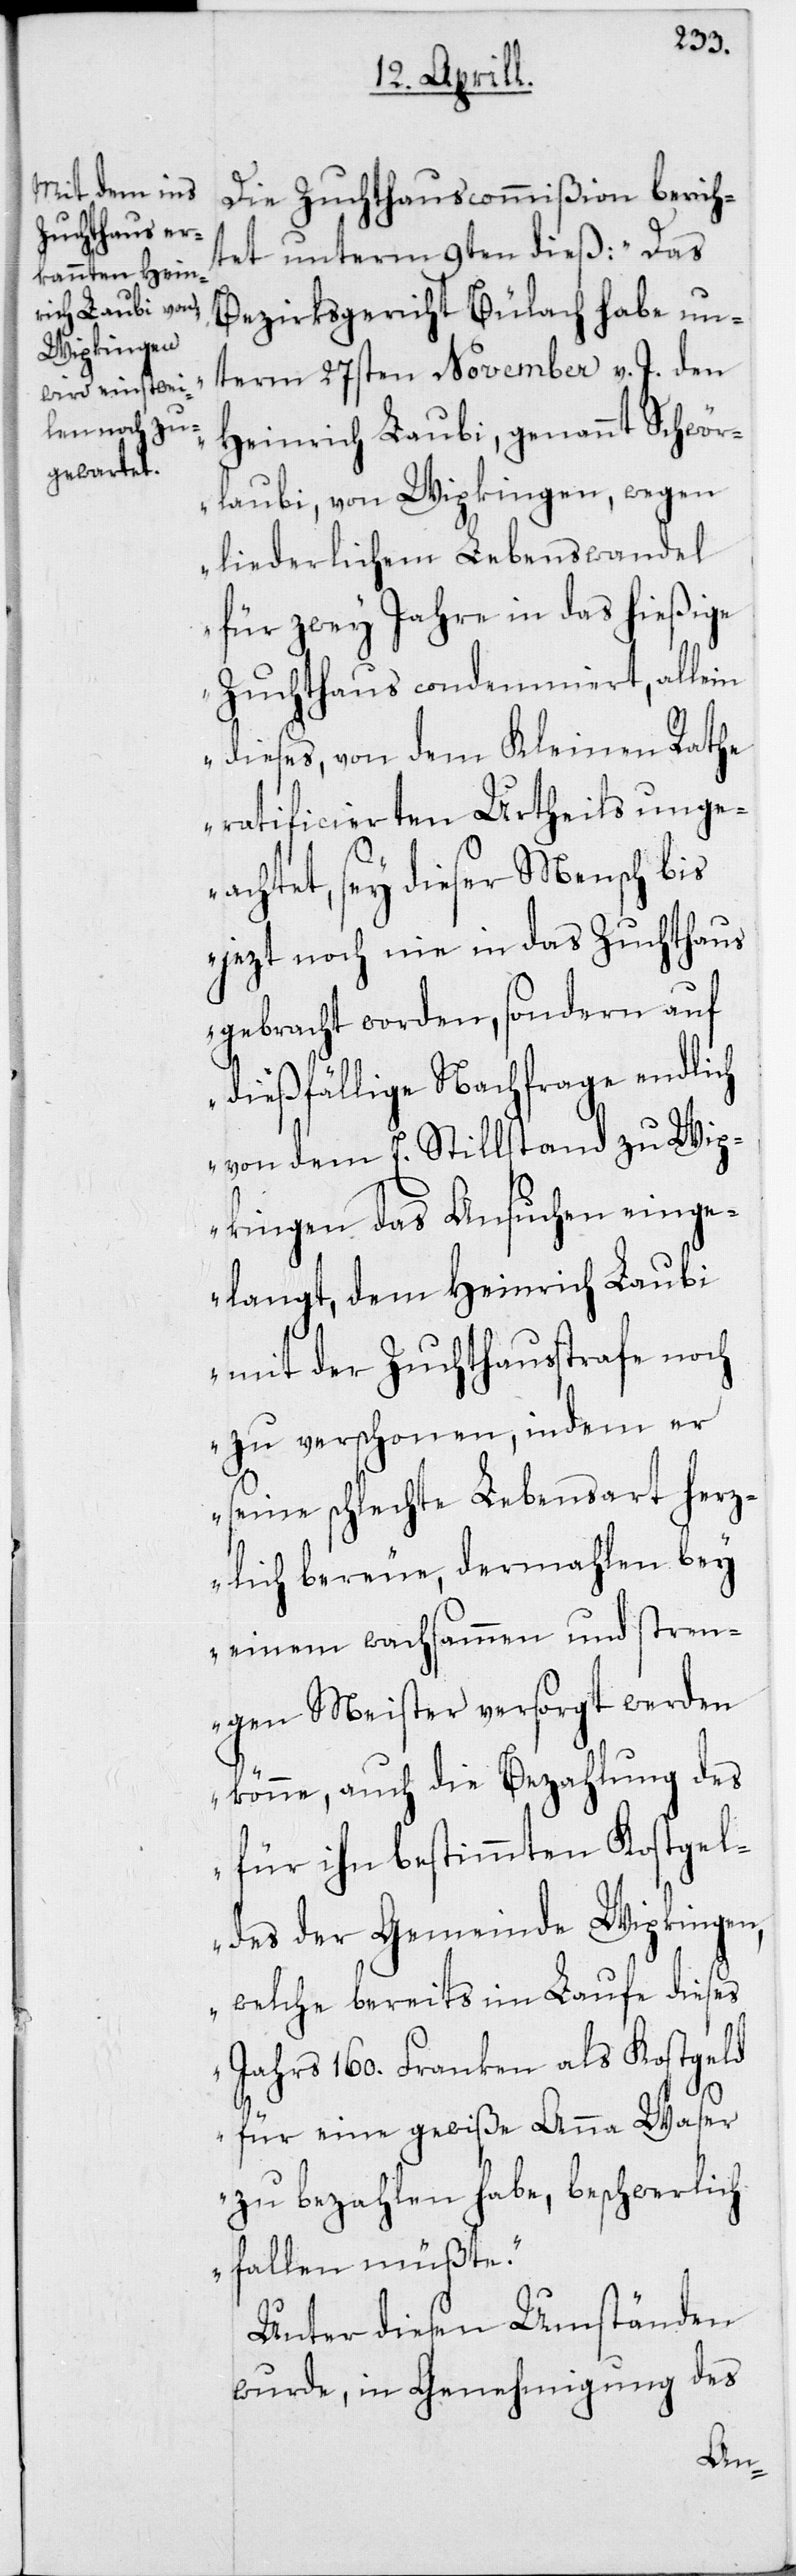
Die Zuchthauscommißion berich¬
tet unterm 9ten dieß: „Das
Bezirksgericht Bülach habe un¬
term 27sten November v. J. den
Heinrich Laubi, genannt Schwör¬
laubi, von Wipkingen, wegen
liederlichem Lebenswandel
für zwey Jahre in das hießige
Zuchthaus condemniert, allein
dieses, von dem Kleinen Rathe
ratificierten Urtheils unge¬
achtet, sey dieser Mensch bis
jezt noch nie in das Zuchthaus
gebracht worden, sondern auf
dießfällige Nachfrage endlich
von dem E. Stillstand zu Wip¬
kingen das Ansuchen einge¬
langt, den Heinrich Laubi
mit der Zuchthausstrafe noch
zu verschonen, indem er
seine schlechte Lebensart herz¬
lich bereue, dermahlen bey
einem wachsammen und stren¬
gen Meister versorgt werden
könne, auch die Bezahlung des
für ihn bestimmten Kostgel¬
des der Gemeinde Wipkingen,
welche bereits im Laufe dieses
Jahrs 160. Franken als Kostgeld
für eine gewiße Anna Waser
zu bezahlen habe, beschwerlich
fallen müßte.“
Unter diesen Umständen
wurde, in Genehmigung des